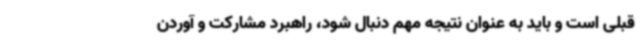
قبلی است و باید به عنوان نتیجه مهم دنبال شود، راهبرد مشارکت و آوردن